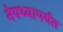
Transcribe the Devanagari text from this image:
नेपथ्यापर्यंत